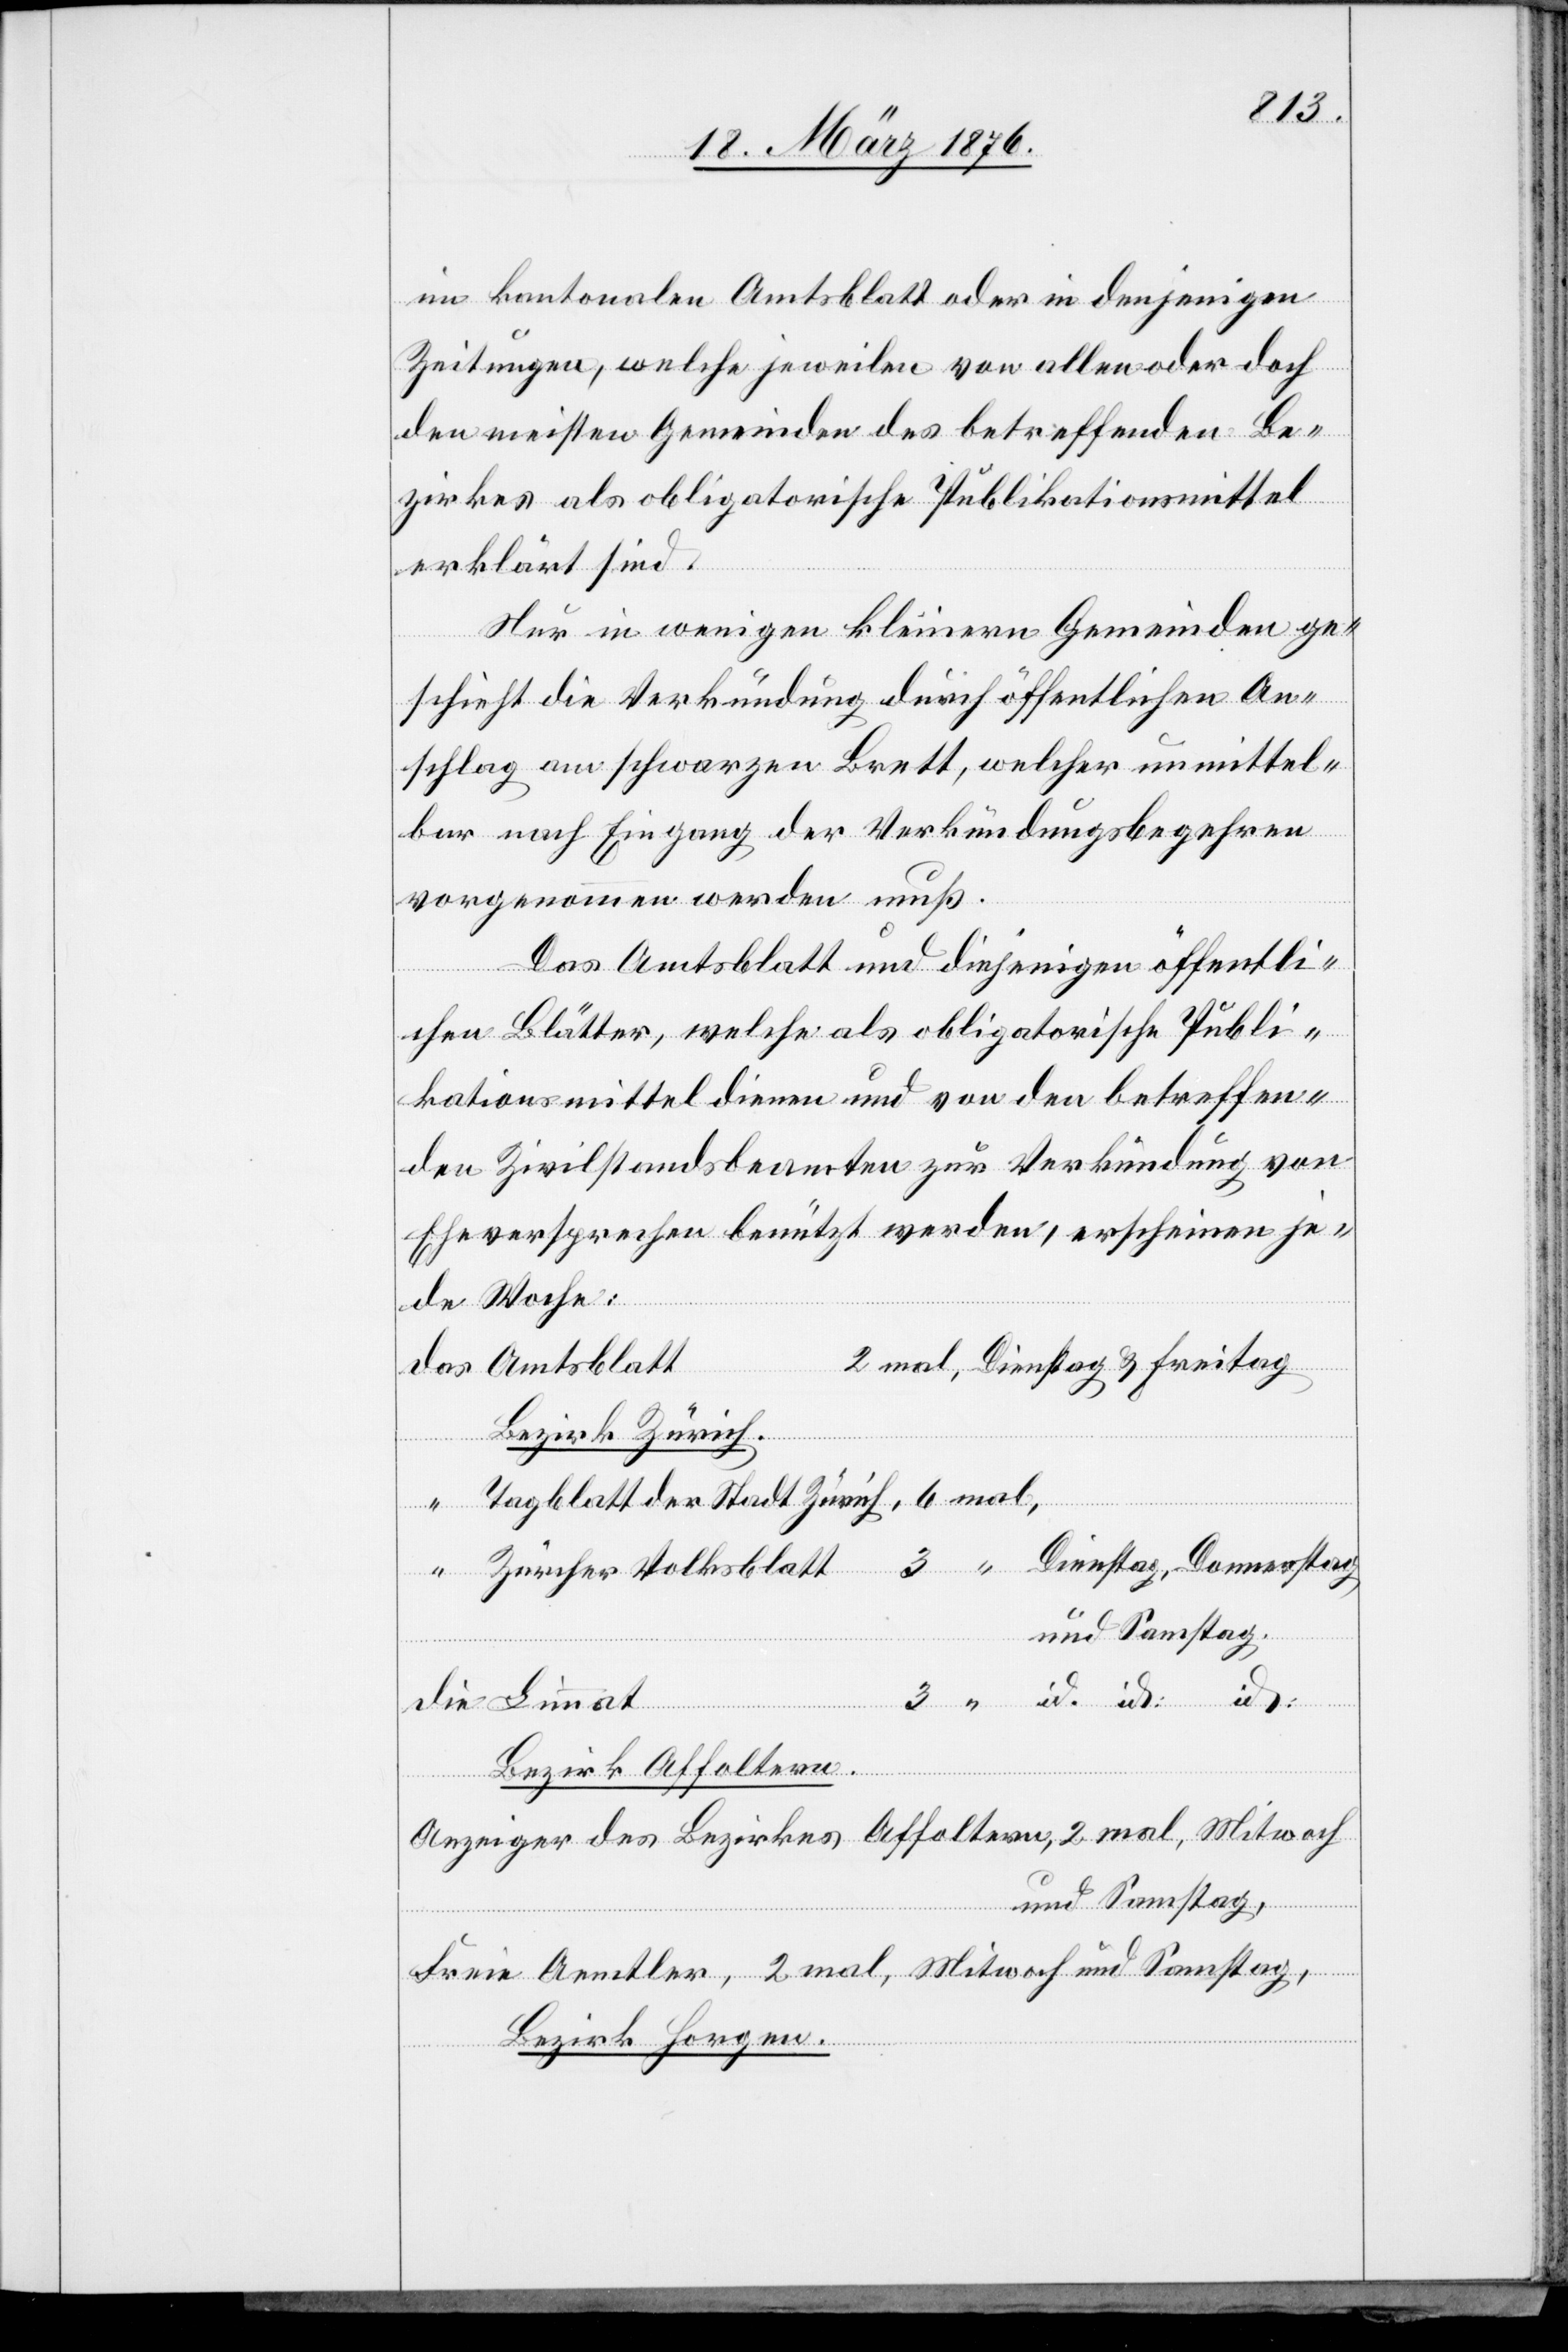
im kantonalen Amtsblatt oder in denjenigen
Zeitungen, welche jeweilen von allen oder doch
den meisten Gemeinden des betreffenden Be¬
zirkes als obligatorische Publikationsmittel
erklärt sind.
Nur in wenigen kleinen Gemeinden ge¬
schieht die Verkündung durch öffentlichen An¬
schlag am schwarzen Brett, welcher unmittel¬
bar nach Eingang der Verkündungsbegehren
vorgenommen werden muß.
Das Amtsblatt und diejenigen öffentli¬
chen Blätter, welche als obligatorische Publi¬
kationsmittel dienen und von den betreffen¬
den Zivilstandsbeamten zur Verkündung von
Eheversprechen benützt werden, erscheinen je¬
de Woche:
Bezirk Zürich.
Tagblatt der Stadt Zürich,
die
Zürcher Volksblatt
und Samstag.
Bezirk Affoltern.
Anzeiger des Bezirkes Affoltern, 2 mal, Mittwoch
und Samstag,
freie Aemtler, 2 mal, Mit[t]woch und Samstag
id.
Bezirk Horgen.